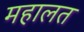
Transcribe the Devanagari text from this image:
महालत